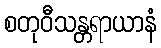
စတုဝီသန္တရာယာနံ